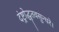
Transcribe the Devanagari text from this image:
दंष्ट्रोद्धृतवसुन्धरे।